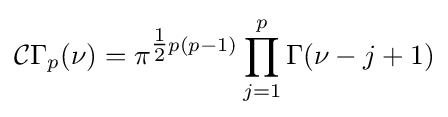
{\mathcal {C}}\Gamma _{p}(\nu )=\pi ^{{\tfrac {1}{2}}p(p-1)}\prod _{j=1}^{p}\Gamma (\nu -j+1)